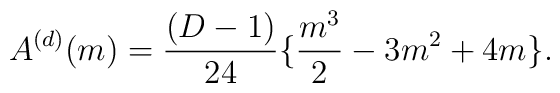
A^{(d)}(m)=\frac{(D-1)}{24}\{\frac{m^{3}}{2}-3m^{2}+4m\}.